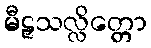
မီဠှသလ္လိတ္တော